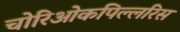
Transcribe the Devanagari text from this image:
चोरिओकपिल्लरिस